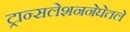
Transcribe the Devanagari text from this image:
ट्रान्सलेशननेघेतले